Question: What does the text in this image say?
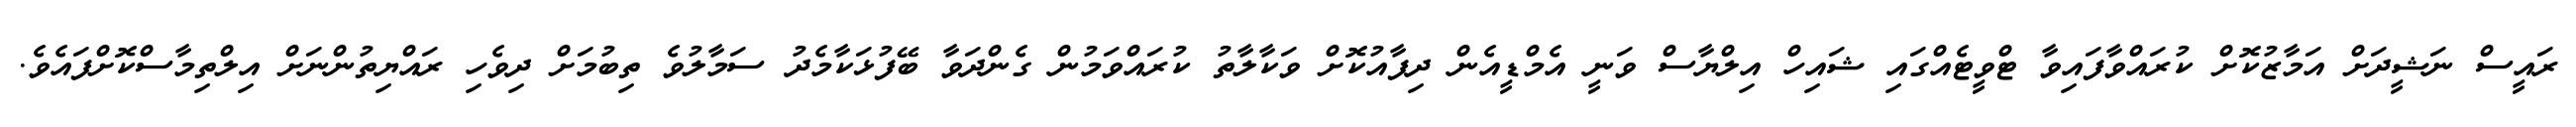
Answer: ރައީސް ނަޝީދަށް އަމާޒުކޮށް ކުރައްވާފައިވާ ޓްވީޓެއްގައި ޝައިހް އިލްޔާސް ވަނީ އެމްޑީއެން ދިފާއުކޮށް ވަކާލާތު ކުރައްވަމުން ގެންދަވާ ބޭފުޅަކާމެދު ސަމާލުވެ ތިބުމަށް ދިވެހި ރައްޔިތުންނަށް އިލްތިމާސްކޮށްފައެވެ.